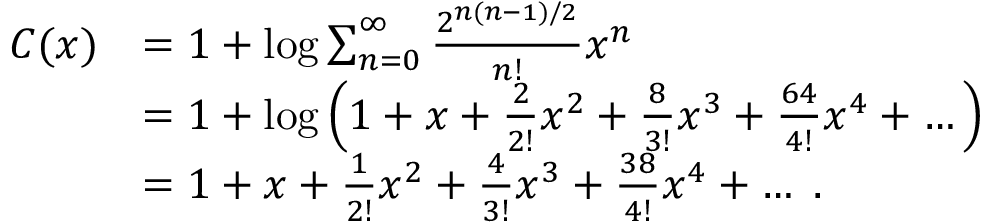
\begin{array} { r l } { C ( x ) } & { = 1 + \log \sum _ { n = 0 } ^ { \infty } \frac { 2 ^ { n ( n - 1 ) / 2 } } { n ! } x ^ { n } } \\ & { = 1 + \log \left( 1 + x + \frac 2 { 2 ! } x ^ { 2 } + \frac 8 { 3 ! } x ^ { 3 } + \frac { 6 4 } { 4 ! } x ^ { 4 } + \dotso \right) } \\ & { = 1 + x + \frac 1 { 2 ! } x ^ { 2 } + \frac 4 { 3 ! } x ^ { 3 } + \frac { 3 8 } { 4 ! } x ^ { 4 } + \dotso \; . } \end{array}